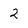
Character: 2